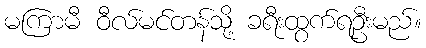
မကြာမီ ဝီလ်မင်တန်သို့ ခရီးထွက်ရဦးမည်။